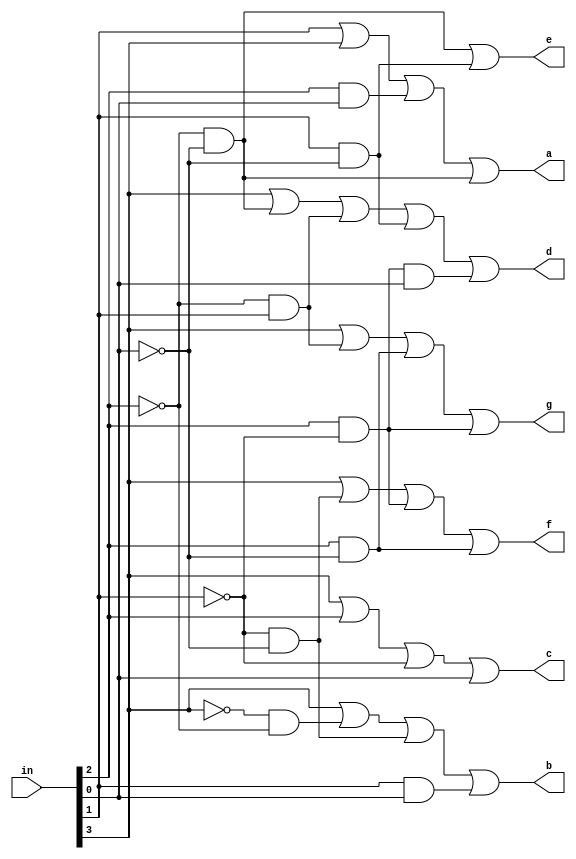
`timescale 1ns / 1ps
//////////////////////////////////////////////////////////////////////////////////

module seven_segment(
    input [3:0] in, // a 4 bit number 
    output a,
    output b,
    output c,
    output d,
    output e,
    output f,
    output g
);
    // TODO: work for 10-15 (a-f)
    assign a = in[1] | in[3] | (in[2] & in[0]) | (~in[2] & ~in[0]);
    assign b = in[3] | (~in[3] & ~in[2]) | (~in[1] & ~in[0]) | (in[1] & in[0]);
    assign c = in[3] | in[2] | ~in[1] | in[0];
    assign d = in[3] | (~in[2] & ~in[0]) | (~in[2] & in[1]) | (in[1] & ~in[0]) | (in[2] & ~in[1] & in[0]);
    assign e = (~in[2] & ~in[0]) | (in[1] & ~in[0]);
    assign f = in[3] | (~in[1] & ~in[0]) | (in[2] & ~in[1]) | (in[2] & ~in[0]);
    assign g = in[3] | (~in[2] & in[1]) | (in[2] & ~in[0]) | (in[2] & ~in[1]);
endmodule